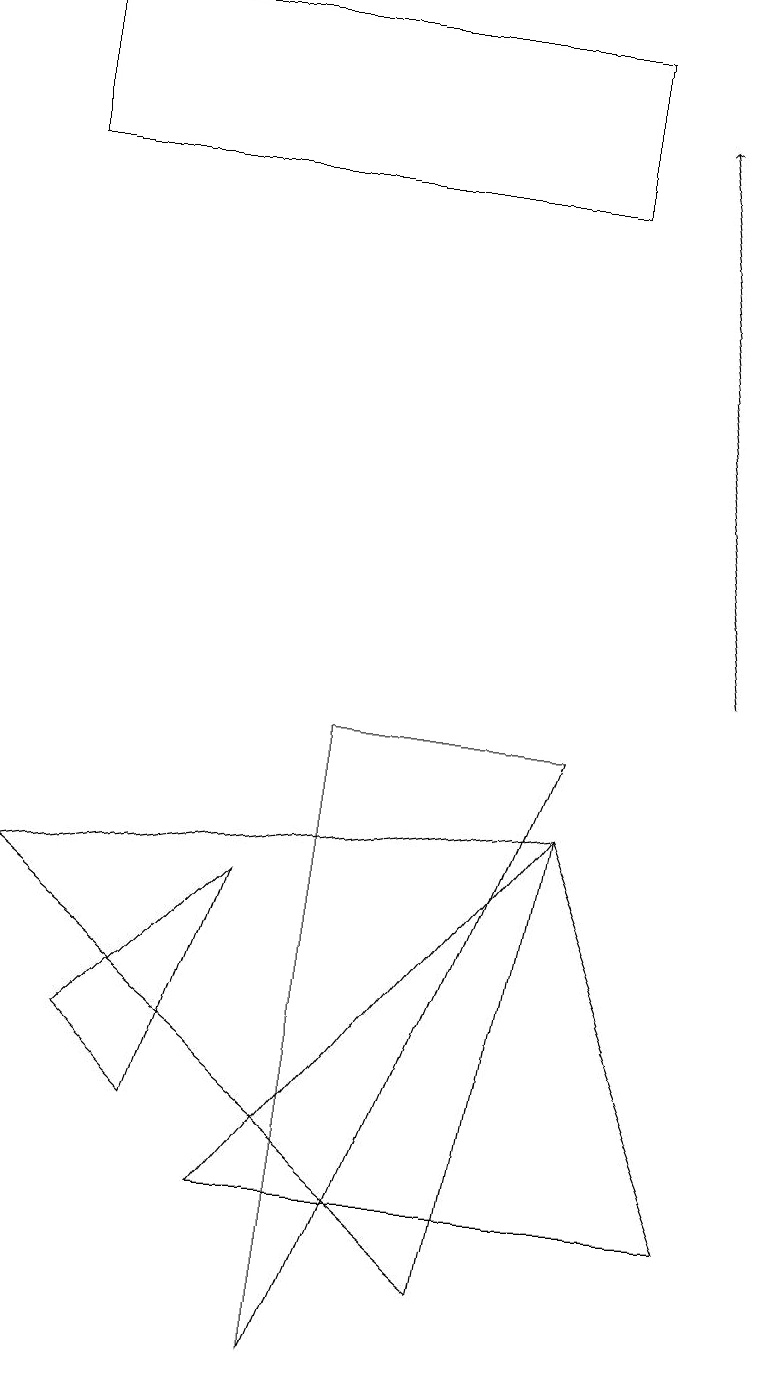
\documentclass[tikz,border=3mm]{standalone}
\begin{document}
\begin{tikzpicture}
\draw[->] (9,10) -- (8,17);
\draw (3,3) -- (9,3) -- (7,8) -- cycle;
\draw (4,9) -- (7,9) -- (4,1) -- cycle;
\draw (7,16) rectangle (0,18);
\draw (1,5) -- (3,7) -- (2,4) -- cycle;
\draw (6,2) -- (7,8) -- (0,7) -- cycle;
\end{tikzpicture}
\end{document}